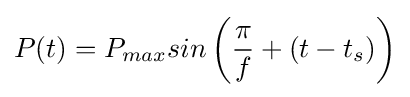
P(t)=P_{max}sin\left({\frac {\pi }{f}}+(t-t_{s})\right)